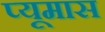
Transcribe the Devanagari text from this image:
प्यूमास